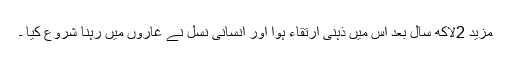
مزید 2لاکھ سال بعد اس میں ذہنی ارتقاء ہوا اور انسانی نسل نے غاروں میں رہنا شروع کیا ۔